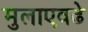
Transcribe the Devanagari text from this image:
मुलाएवढे